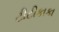
ટીટીકાકા